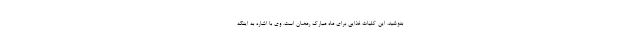
بنوشید، این کلیات غذایی برای ماه مبارک رمضان است. وی با اشاره به اینکه